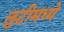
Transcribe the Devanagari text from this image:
लुटीमध्ये